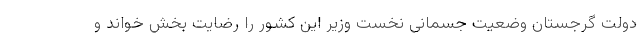
دولت گرجستان وضعیت جسمانی نخست وزیر این کشور را رضایت بخش خواند و